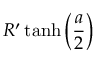
{ R ^ { \prime } \operatorname { t a n h } \left( \frac { a } { 2 } \right) }